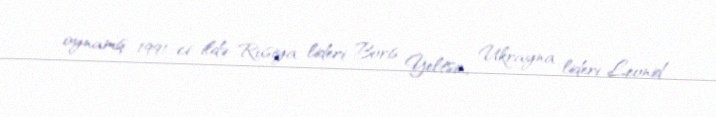
oynamış, 1991-ci ildə Rusiya lideri Boris Yeltsin, Ukrayna lideri Leonid